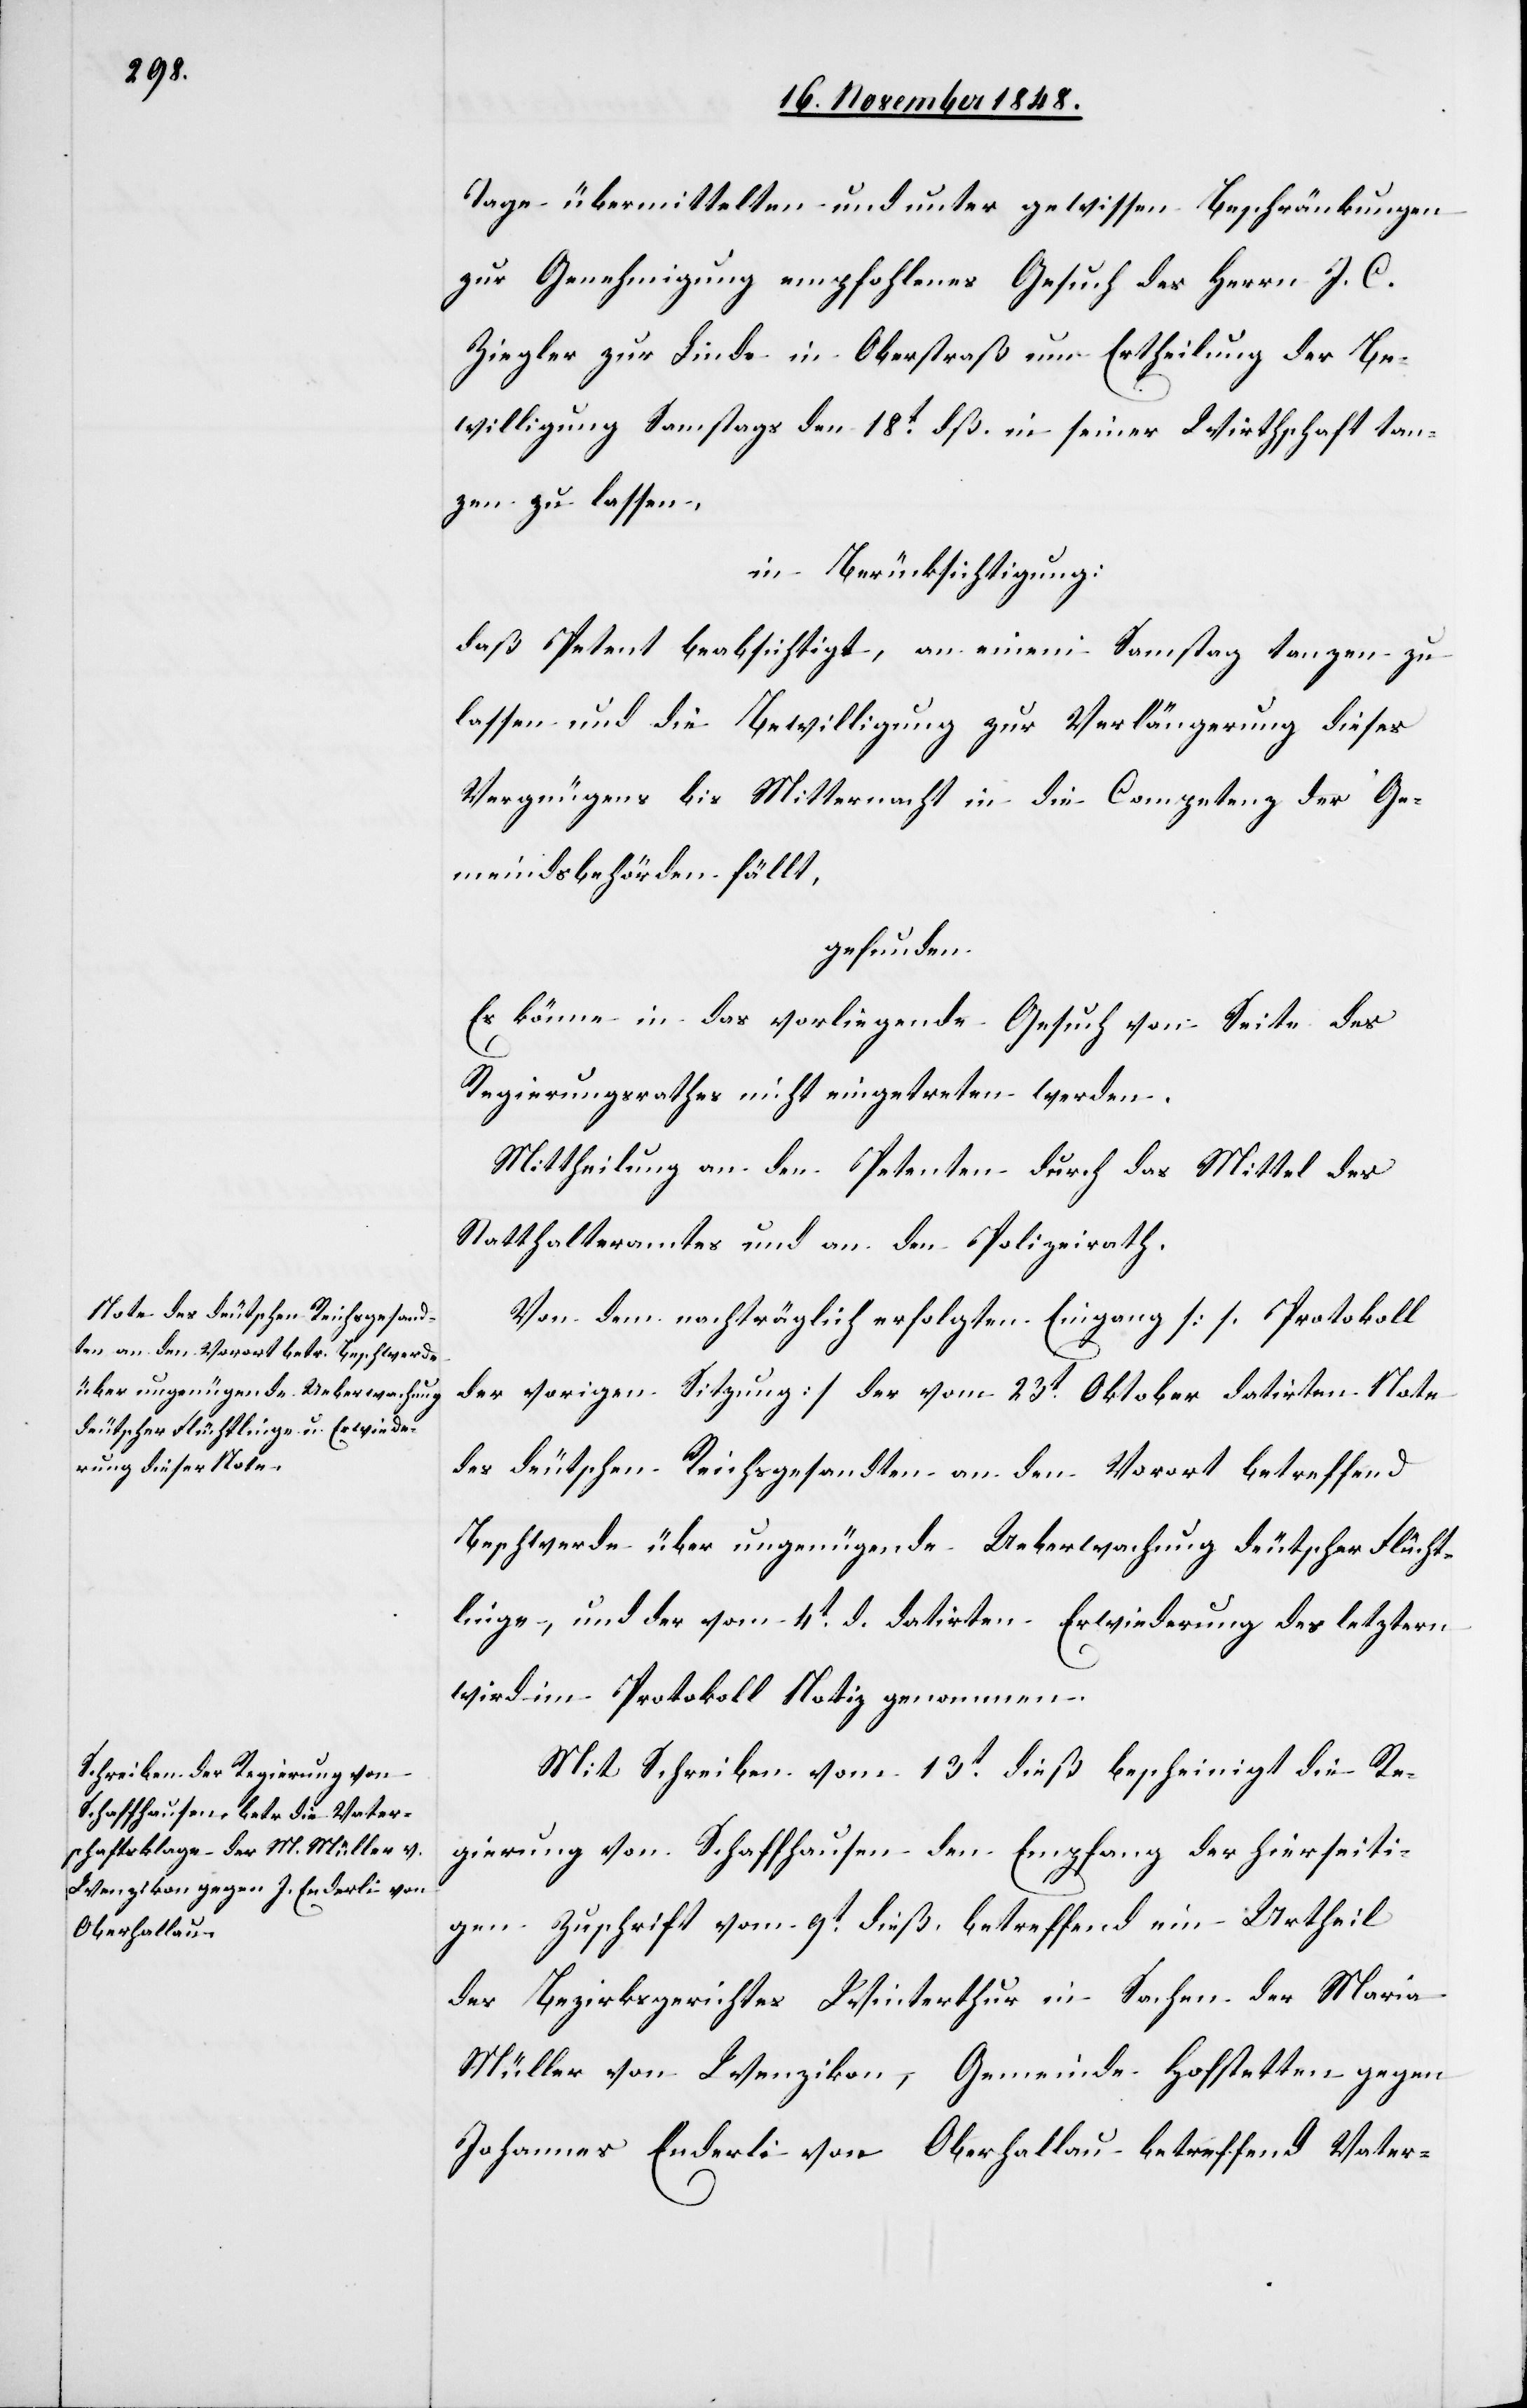
Tage übermittelten und unter gewissen Beschränkungen
zur Genehmigung empfohlenes Gesuch des Herrn J. C.
Ziegler zur Linde in Oberstraß um Ertheilung der Be¬
willigung Samstags den 18t dß. in seiner Wirtschaft tan¬
zen zu lassen.
in Berücksichtigung:
daß Petent beabsichtigte, an einem Samstag tanzen zu
lassen und die Bewilligung zur Verlängerung dieses
Vergnügens bis Mitternacht in die Competenz der Ge¬
meindsbehörden fällt,
gefunden
Es könne in das vorliegende Gesuch von Seite des
Regierungsrathes nicht eingetreten werden.
Mittheilung an den Petenten durch das Mittel des
Statthalteramtes und an den Polizeirath.
Von dem nachträglich erfolgten Eingang [s. Protokoll
der vorigen Sitzung] der vom 23t Oktober datirten Note
des deutschen Reichsgesandten an den Vorort betreffend
Beschwerde über ungenügende Ueberwachung deutscher Flücht¬
linge, und der vom 4t d. datirten Erwiederung des letztern
wird im Protokoll Notiz genommen.
Mit Schreiben vom 13t dieß bescheinigt die Re¬
gierung von Schaffhausen den Empfang der hierseiti¬
gen Zuschrift vom 9t dieß betreffend ein Urtheil
des Bezirksgerichtes Winterthur in Sachen der Maria
Müller von Wenzikon, Gemeinde Hofstetten gegen
Johannes Enderli von Oberhallau betreffend Vater-